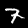
Label: 7